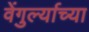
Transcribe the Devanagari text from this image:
वेंगुर्ल्याच्या